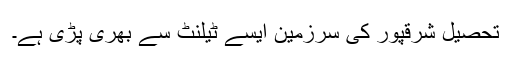
تحصیل شرقپور کی سرزمین ایسے ٹیلنٹ سے بھری پڑی ہے۔